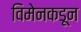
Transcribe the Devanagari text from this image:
विमेनकडून